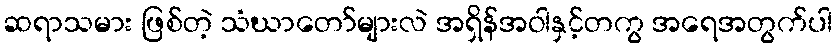
ဆရာသမား ဖြစ်တဲ့ သံဃာတော်များလဲ အရှိန်အဝါနှင့်တကွ အရေအတွက်ပါ